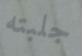
جلبته